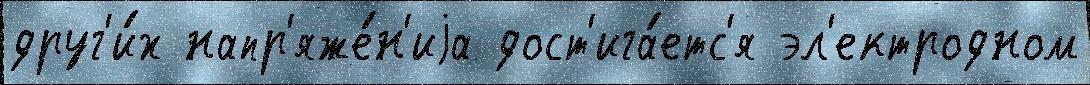
друг'и́х напр'яже́н'иjа дост'ига́етс'я эл'ектродном